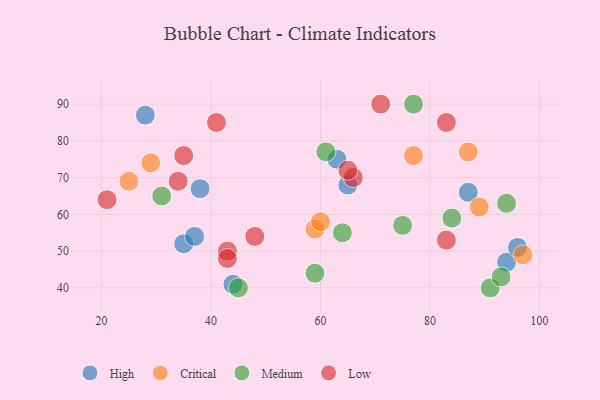
{"axis": {"x": "GDP", "y": "Life Expectancy"}, "legend": ["Critical", "High", "Low", "Medium"], "data": [{"x": "38", "y": 67, "type": "High"}, {"x": "35", "y": 52, "type": "High"}, {"x": "94", "y": 47, "type": "High"}, {"x": "63", "y": 75, "type": "High"}, {"x": "44", "y": 41, "type": "High"}, {"x": "96", "y": 51, "type": "High"}, {"x": "87", "y": 66, "type": "High"}, {"x": "65", "y": 68, "type": "High"}, {"x": "28", "y": 87, "type": "High"}, {"x": "37", "y": 54, "type": "High"}, {"x": "77", "y": 76, "type": "Critical"}, {"x": "87", "y": 77, "type": "Critical"}, {"x": "59", "y": 56, "type": "Critical"}, {"x": "25", "y": 69, "type": "Critical"}, {"x": "29", "y": 74, "type": "Critical"}, {"x": "60", "y": 58, "type": "Critical"}, {"x": "97", "y": 49, "type": "Critical"}, {"x": "89", "y": 62, "type": "Critical"}, {"x": "45", "y": 40, "type": "Medium"}, {"x": "75", "y": 57, "type": "Medium"}, {"x": "59", "y": 44, "type": "Medium"}, {"x": "94", "y": 63, "type": "Medium"}, {"x": "61", "y": 77, "type": "Medium"}, {"x": "91", "y": 40, "type": "Medium"}, {"x": "31", "y": 65, "type": "Medium"}, {"x": "84", "y": 59, "type": "Medium"}, {"x": "64", "y": 55, "type": "Medium"}, {"x": "77", "y": 90, "type": "Medium"}, {"x": "93", "y": 43, "type": "Medium"}, {"x": "41", "y": 85, "type": "Low"}, {"x": "43", "y": 50, "type": "Low"}, {"x": "83", "y": 85, "type": "Low"}, {"x": "83", "y": 53, "type": "Low"}, {"x": "43", "y": 48, "type": "Low"}, {"x": "48", "y": 54, "type": "Low"}, {"x": "35", "y": 76, "type": "Low"}, {"x": "34", "y": 69, "type": "Low"}, {"x": "66", "y": 70, "type": "Low"}, {"x": "71", "y": 90, "type": "Low"}, {"x": "21", "y": 64, "type": "Low"}, {"x": "65", "y": 72, "type": "Low"}]}